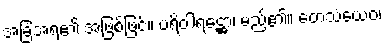
အခြံအရံ၏ အဖြစ်ဖြင့်။ ပရိဝါရဋ္ဌော၊ မည်၏။ တေသံယေဝ၊